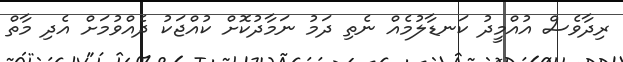
ރިދާވެސް އުއްމީދު ކަނޑާލުމެއް ނެތި ދަމު ނަމާދުކޮށް ކުއްޖަކު ދެއްވުމަށް އެދި މާތް